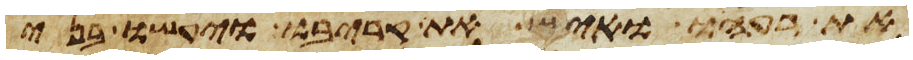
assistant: את רעהו ואיש את קריבו ויעשו בני